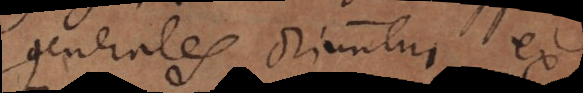
generales oriuntur ex